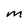
Character: m